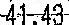
41.43